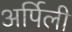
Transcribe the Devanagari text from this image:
अर्पिली